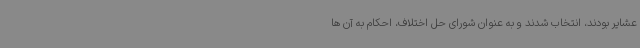
عشایر بودند، انتخاب شدند و به عنوان شورای حل اختلاف، احکام به آن ها